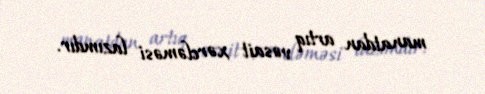
manatdan artıq vəsait xərcləməsi lazımdır.